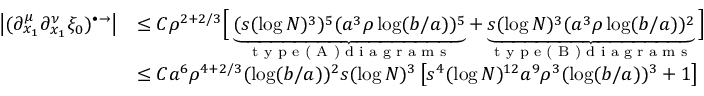
\begin{array} { r l } { \left\vert ( \partial _ { x _ { 1 } } ^ { \mu } \partial _ { x _ { 1 } } ^ { \nu } \xi _ { 0 } ) ^ { \bullet \rightarrow } \right\vert } & { \leq C \rho ^ { 2 + 2 / 3 } \Bigl [ \, \underbrace { ( s ( \log N ) ^ { 3 } ) ^ { 5 } ( a ^ { 3 } \rho \log ( b / a ) ) ^ { 5 } } _ { \textnormal { t y p e ( A ) d i a g r a m s } } + \underbrace { s ( \log N ) ^ { 3 } ( a ^ { 3 } \rho \log ( b / a ) ) ^ { 2 } } _ { \textnormal { t y p e ( B ) d i a g r a m s } } \, \Bigr ] } \\ & { \leq C a ^ { 6 } \rho ^ { 4 + 2 / 3 } ( \log ( b / a ) ) ^ { 2 } s ( \log N ) ^ { 3 } \left[ s ^ { 4 } ( \log N ) ^ { 1 2 } a ^ { 9 } \rho ^ { 3 } ( \log ( b / a ) ) ^ { 3 } + 1 \right] } \end{array}